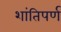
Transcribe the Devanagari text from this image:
शांतिपर्ण